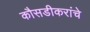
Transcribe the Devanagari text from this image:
कौसडीकरांचे